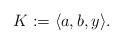
LaTeX: \begin{align*}K := \langle a,b, y \rangle.\end{align*}